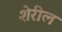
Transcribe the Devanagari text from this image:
शेरील